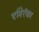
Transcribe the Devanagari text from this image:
एविएंका